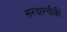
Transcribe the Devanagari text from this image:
सरदारचौकी